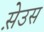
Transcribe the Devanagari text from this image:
स़ेउस